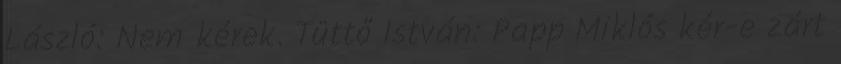
László: Nem kérek. Tüttő István: Papp Miklós kér-e zárt